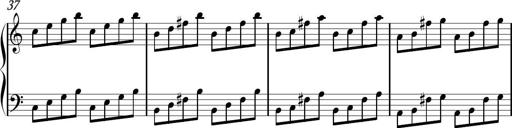
Title: Sonhatina
Composer: Davi Rocha
Key: C major